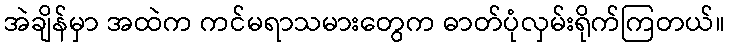
အဲချိန်မှာ အထဲက ကင်မရာသမားတွေက ဓာတ်ပုံလှမ်းရိုက်ကြတယ်။